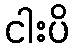
ငါးပိ